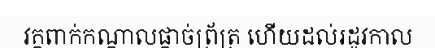
វគ្គពាក់កណ្តាលផ្តាច់ព្រ័ត្រ ហើយដល់រដូវកាល